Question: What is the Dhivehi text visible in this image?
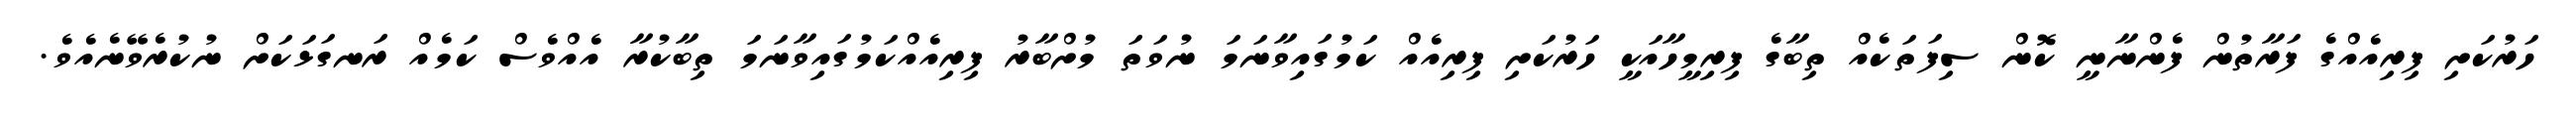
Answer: ހަރުކަށި ފިރިއެއްގެ ފަރާތުން ފެންނާނީ ކޮން ސިފަތަކެއް ތިބާގެ ފިރިމީހާއަކީ ހަރުކަށި ފިރިއެއް ކަމުގައިވާނަމަ ނުވަތަ މުށްބާރު ފިރިއެއްކަމުގައިވާނަމަ ތިބާކުރާ އެއްވެސް ކަމެއް ރަނގަޅަކަށް ނުކުރެވޭނެއެވެ.